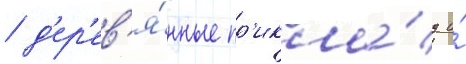
/ д'ер'ев'я́нные пр'икла́д и́